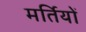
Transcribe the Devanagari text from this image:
मर्तियों